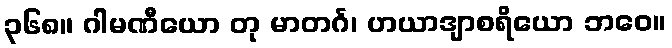
၃၆၈။ ဂါမဏီယော တု မာတင်္ဂ၊ ဟယာဒျာစရိယော ဘဝေ။